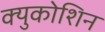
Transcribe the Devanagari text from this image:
क्युकोशिन